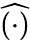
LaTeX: \widehat{\left(\cdot\right)}